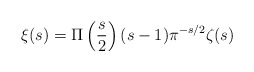
\begin{align*} \xi (s)=\Pi \left(\frac{s}{2}\right)(s-1)\pi^{-s/2}\zeta(s)\end{align*}